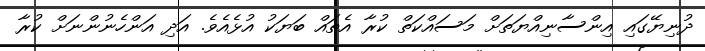
ދުނިޔޭގައި އިންސާނިއްޔަތަށް މަސައްކަތް ކުރާ އެތައް ބަޔަކު އުޅެއެވެ. އަދި އަންހެނުންނަށް ކުރާ